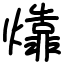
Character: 㸆